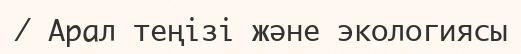
/ Арал теңізі және экологиясы